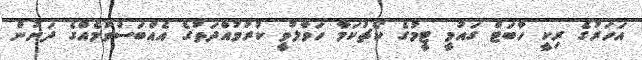
އަހަރުގެ ރިކީ ހާބަޓް ގައުމީ ޓީމުގެ ކޯޗުކަމާ ހަވާލުވީ ކުރުމުއްދަތުގެ އެއްބަސްވުމެއްގެ ދަށުން